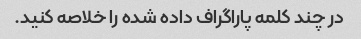
در چند کلمه پاراگراف داده شده را خلاصه کنید.